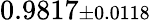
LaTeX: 0.9817{\scriptstyle\pm 0.0118}